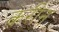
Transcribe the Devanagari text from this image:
क़रीन